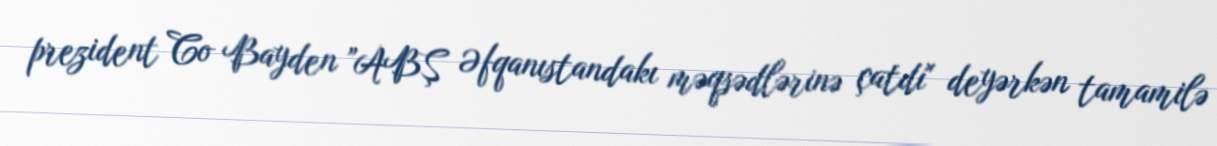
prezident Co Bayden ”ABŞ Əfqanıstandakı məqsədlərinə çatdı" deyərkən tamamilə